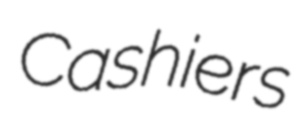
Cashiers